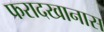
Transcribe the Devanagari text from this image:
फरादखानास